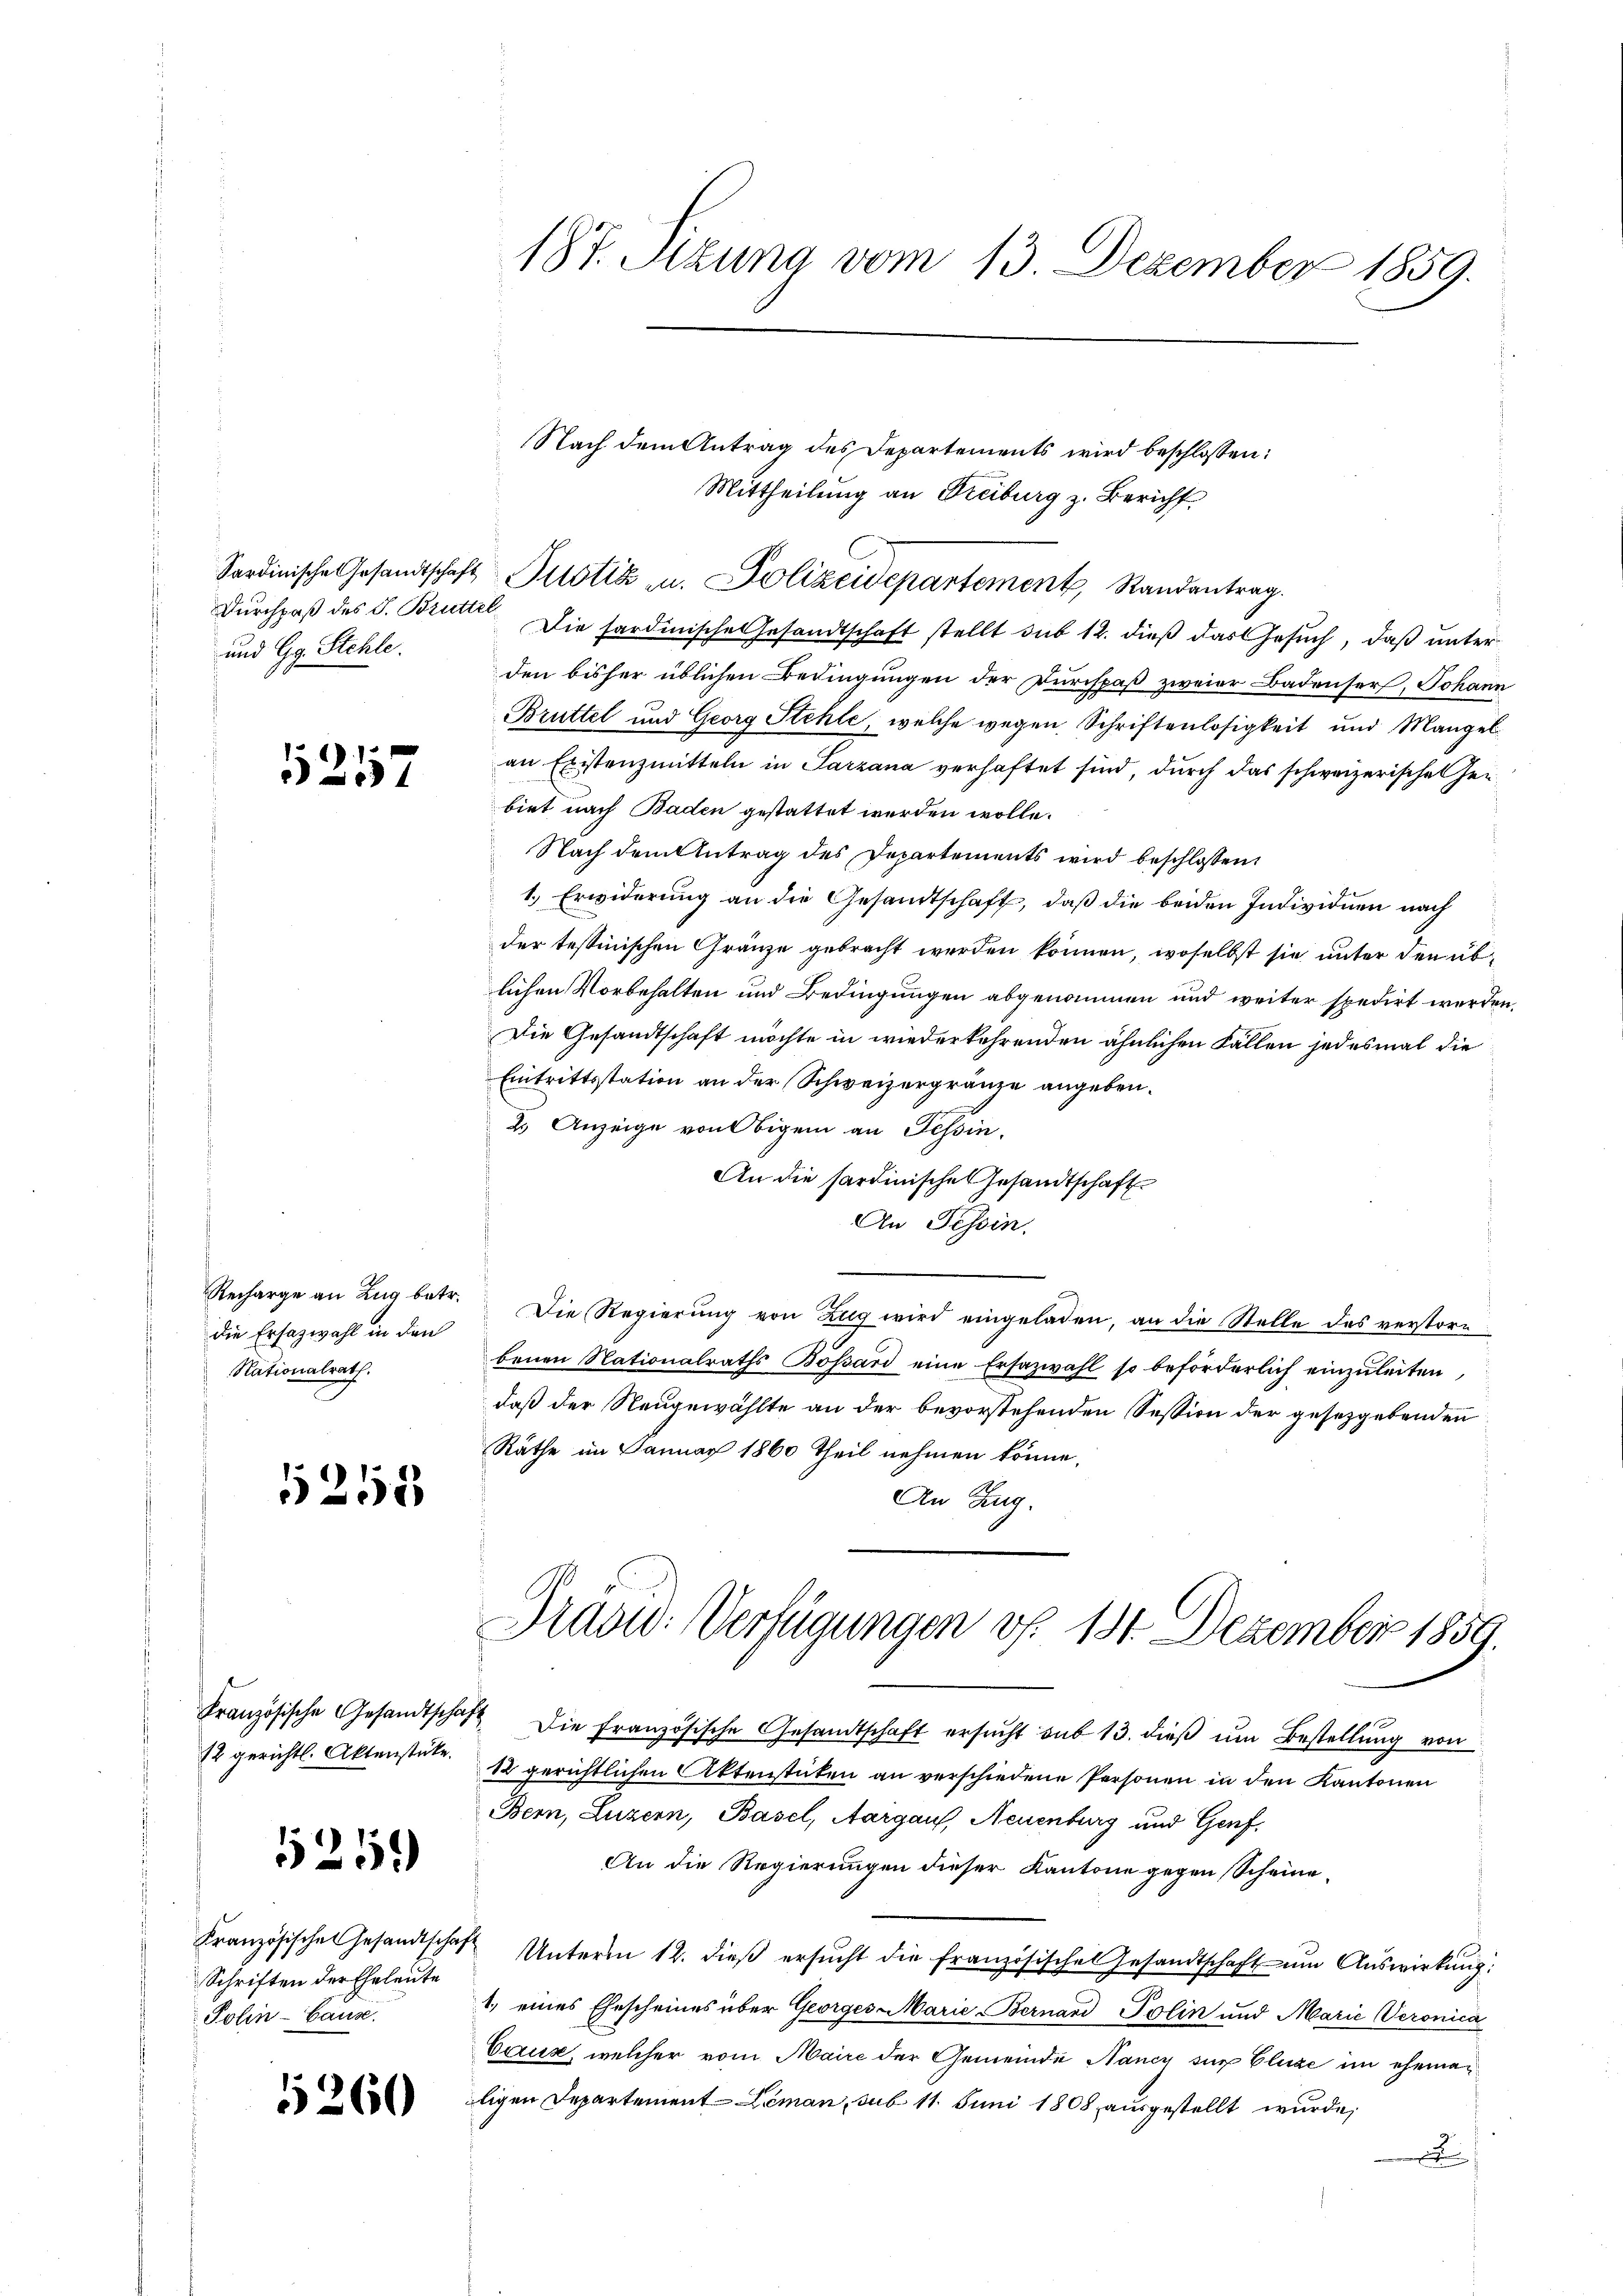
und Gg. Stehle.

1257

Recharge an Zug betr.
die Ersazwahl in den
Nationalrath.

5253

Französische Gesandtschaf
12 gerichtl. Aktenstücke.

525.

Kranzösischen Gesandtschaf
Schriften der Eheleute
Polin - Hause.

5260

187. Sitzung vom 13. Dezember 1859.

Nach dem Antrag des Departements wird beschlossen:
Mittheilung an Freiburg z. Bericht
Sardinische Gesandtschaft Pistik u. Polizeidepartement, Randantrag.
Durchpaß des S. Brütte Die sardinische Gesandtschaft stellt sub 12. dieß das Gesuch, daß unter
den bisher üblichen Bedingungen der Durchpaß zweier Badenser, Johann
Brüttel und Georg Stehle, welche wegen Schriftenlosigkeit und Mangelan Existenzmitteln in Sarzana verhaftet sind, durch das schweizerischen Heibiet nach Baden gestattet werden wolle.
Nach dem Antrag des Departements wird beschlossen:
1.) Erwiderung an die Gesandtschaft, daß die beiden Individuen nach
der testinischen Gränze gebracht werden können, woselbst sie unter den üblichen Vorbehalten und Bedingungen abgenommen und weiter spedirt werden.
Die Gesandtschaft möchte in wiederkehrenden ähnlichen Fällen jedesmal die
Eintrittsstation an der Schweizergränze angeben.
2.) Anzeige von Obigem an Tessin.
An die hardinisches Gesandtschaft
An Tessin.
Die Regierung von Zug wird eingeladen, an die Stelle des verstore
benen Nationalraths Bossard eine Ersazwahl so beförderlich einzuleiten,
daß der Neugewählte an der bevorstehenden Session der gesetzgebenden
Räthe im Januar 1860 Theil nehmen könne,
An Zug.

Prasid: Verfügungen v. 181. Dezember 1859.

1 Die Französische Gesandtschaft ersŭcht sub 13. dieβ ŭm Bestellung von
12 gerichtlichen Aktenstäten an verschiedene Personen in den Kantonen
Bern, Luzern, Basel, Aargauf, Neuenburg und Genf,
An die Regierungen dieser Kantone gegen Scheine
 Unterm 12. dieβ ersŭcht die französisches Gesandtschaft ŭm Aŭswirkung:
1, eines Ehescheines über Georges Marie Bernand Polin und Marie Veronica
Carus, welcher vom Maire der Gemeinde Nancy sur luze im eheman
ligen Departement Leman, sub 11. Juni 1808 ausgestellt wurde,
x